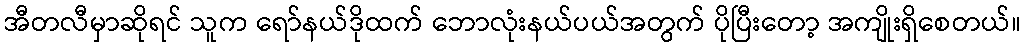
အီတလီမှာဆိုရင် သူက ရော်နယ်ဒိုထက် ဘောလုံးနယ်ပယ်အတွက် ပိုပြီးတော့ အကျိုးရှိစေတယ်။